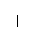
Letter: _alif